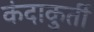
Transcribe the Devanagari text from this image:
कंदाकुर्ती